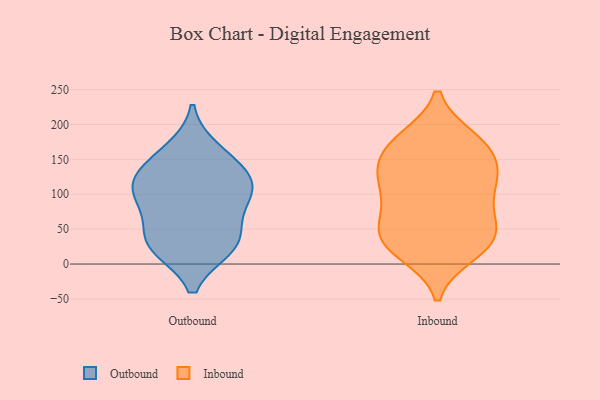
{"axis": {"x": "Humidity (%)", "y": "Value"}, "legend": ["Inbound", "Outbound"], "data": [{"x": "", "y": 24, "type": "Outbound"}, {"x": "", "y": 129, "type": "Outbound"}, {"x": "", "y": 87, "type": "Outbound"}, {"x": "", "y": 24, "type": "Outbound"}, {"x": "", "y": 110, "type": "Outbound"}, {"x": "", "y": 47, "type": "Outbound"}, {"x": "", "y": 163, "type": "Outbound"}, {"x": "", "y": 96, "type": "Outbound"}, {"x": "", "y": 110, "type": "Outbound"}, {"x": "", "y": 143, "type": "Outbound"}, {"x": "", "y": 31, "type": "Outbound"}, {"x": "", "y": 138, "type": "Inbound"}, {"x": "", "y": 29, "type": "Inbound"}, {"x": "", "y": 24, "type": "Inbound"}, {"x": "", "y": 166, "type": "Inbound"}, {"x": "", "y": 53, "type": "Inbound"}, {"x": "", "y": 179, "type": "Inbound"}, {"x": "", "y": 170, "type": "Inbound"}, {"x": "", "y": 115, "type": "Inbound"}, {"x": "", "y": 98, "type": "Inbound"}, {"x": "", "y": 72, "type": "Inbound"}, {"x": "", "y": 125, "type": "Inbound"}, {"x": "", "y": 141, "type": "Inbound"}, {"x": "", "y": 35, "type": "Inbound"}, {"x": "", "y": 37, "type": "Inbound"}, {"x": "", "y": 178, "type": "Inbound"}, {"x": "", "y": 115, "type": "Inbound"}, {"x": "", "y": 16, "type": "Inbound"}, {"x": "", "y": 67, "type": "Inbound"}]}